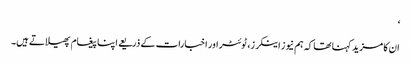
‘
ان کا مزید کہنا تھا کہ ہم نیوز اینکرز، ٹوئٹر اور اخبارات کے ذریعے اپنا پیغام پھیلاتے ہیں۔